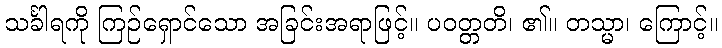
သင်္ခါရကို ကြဉ်ရှောင်သော အခြင်းအရာဖြင့်။ ပဝတ္တတိ၊ ၏။ တသ္မာ၊ ကြောင့်။